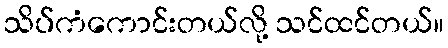
သိပ်ကံကောင်းတယ်လို့ သင်ထင်တယ်။